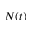
N ( t )